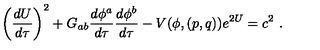
\left( { \frac { d U } { d \tau } } \right) ^ { 2 } + G _ { a b } { \frac { d \phi ^ { a } } { d \tau } } { \frac { d \phi ^ { b } } { d \tau } } - V ( \phi , ( p , q ) ) e ^ { 2 U } = c ^ { 2 } \ .